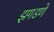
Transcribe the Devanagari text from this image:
झगडणे